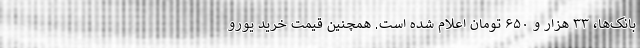
بانک‌ها، ۳۳ هزار و ۶۵۰ تومان اعلام شده است. همچنین قیمت خرید یورو